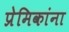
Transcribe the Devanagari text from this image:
प्रेमिकांना